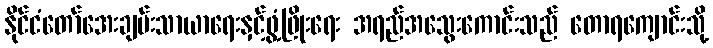
နိုင်ငံတော်အေးချမ်းသာယာရေးနှင့်ဖွံ့ဖြိုးရေး အရည်အသွေးကောင်းသည် တောရကျောင်းသို့